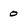
Character: 0